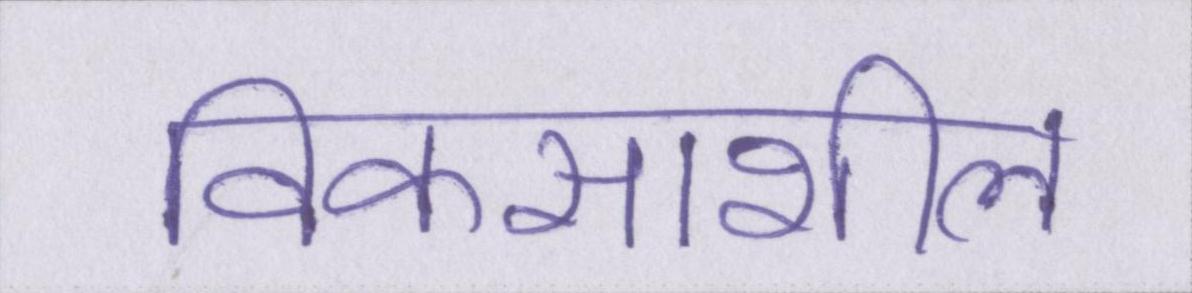
विकसाशील